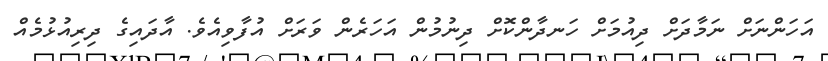
އަހަންނަށް ނަމާދަށް ދިއުމަށް ހަނދާންކޮށް ދިނުމުން އަހަރެން ވަރަށް އުފާވިއެވެ. އާދައިގެ ދިރިއުޅުމެއް